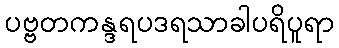
ပဗ္ဗတကန္ဒရပဒရသာခါပရိပူရာ